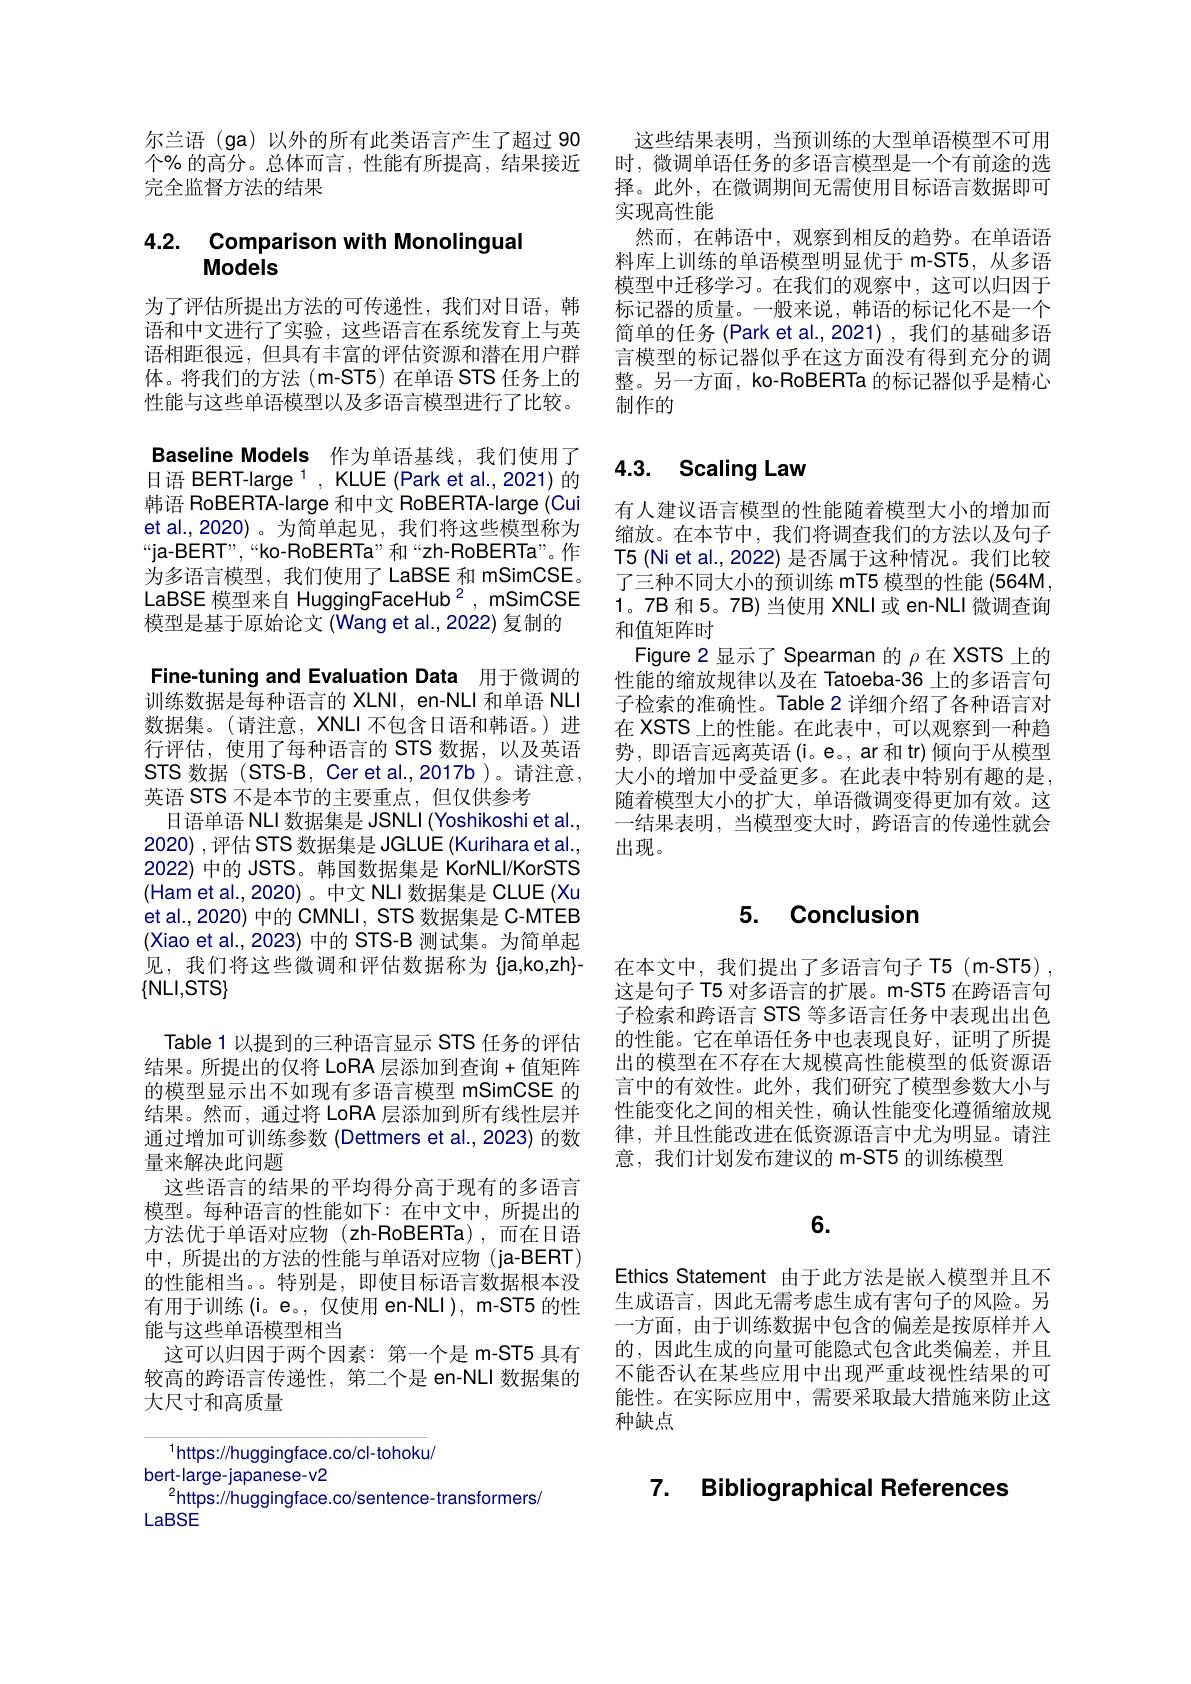
尔兰语(ga)以外的所有此类语言产生了超过 90个% 的高分。总体而言，性能有所提高，结果接近完全监督方法的结果

### 4.2. Comparison with Monolinqual Models

为了评估所提出方法的可传递性，我们对日语，韩语和中文进行了实验，这些语言在系统发育上与英语相距很远，但具有丰富的评估资源和潜在用户群体。将我们的方法(m-ST5)在单语 STS 任务上的性能与这些单语模型以及多语言模型进行了比较。Baseline Models 作为单语基线，我们使用了日语 BERT-large $^{1}$, KLUE (Park et al.,2021) 的韩语 RoBERTA-large 和中文 RoBERTA-large (Cui et al.,2020)。为简单起见，我们将这些模型称为“ja-BERT”,“ko-RoBERTa”和“zh-RoBERTa”。作为多语言模型，我们使用了LaBSE 和 mSimCSE。LaBSE 模型来自 HuggingFaceHub $^{2}$, mSimCSE 模型是基于原始论文 (Wang et al.,2022) 复制的
Fine-tuning and Evaluation Data 用于微调的训练数据是每种语言的 XLNI, en-NLI 和单语 NLI 数据集。(请注意，XNLI 不包含日语和韩语。)进行评估，使用了每种语言的 STS 数据，以及英语STS 数据(STS-B, Cer et al.,2017b)。请注意， 英语 STS 不是本节的主要重点，但仅供参考
日语单语 NLI 数据集是 JSNLI (Yoshikoshi et al., 2020) ,评估 STS 数据集是 JGLUE (Kurihara et al. 2022) 中的 JSTS。韩国数据集是 KorNLI/KorSTS (Ham et al., 2020)。中文 NLI 数据集是 CLUE (Xu et al., 2020) 中的 CMNLI, STS 数据集是 C-MTEB (Xiao et al., 2023) 中的 STS-B 测试集。为简单起见，我们将这些微调和评估数据称为{ja,ko,zh}- $\{\mathsf{NLI,STS}\}$
Table 1 以提到的三种语言显示 STS 任务的评估结果。所提出的仅将 LoRA 层添加到查询 +值矩阵的模型显示出不如现有多语言模型 mSimCSE 的结果。然而，通过将 LoRA 层添加到所有线性层并通过增加可训练参数 (Dettmers et al., 2023) 的数量来解决此问题
这些语言的结果的平均得分高于现有的多语言模型。每种语言的性能如下：在中文中，所提出的方法优于单语对应物(zh-RoBERTa),而在日语中，所提出的方法的性能与单语对应物(ja-BERT) 的性能相当。。特别是，即使目标语言数据根本没有用于训练(i。e。,仅使用 en-NLI), m-ST5 的性能与这些单语模型相当
这可以归因于两个因素：第一个是 m-ST5 具有较高的跨语言传递性，第二个是 en-NLI 数据集的大尺寸和高质量

$^{1}$https://huggingface.co/cl-tohoku/
bert-large-japanese-v2
$^{2}$https://huggingface.co/sentence-transformers/
LaBSE

这些结果表明，当预训练的大型单语模型不可用时，微调单语任务的多语言模型是一个有前途的选择。此外，在微调期间无需使用目标语言数据即可实现高性能
然而，在韩语中，观察到相反的趋势。在单语语料库上训练的单语模型明显优于 m-ST5,从多语模型中迁移学习。在我们的观察中，这可以归因于标记器的质量。一般来说，韩语的标记化不是一个简单的任务 (Park et al.,2021),我们的基础多语言模型的标记器似乎在这方面没有得到充分的调整。另一方面，ko-RoBERTa 的标记器似乎是精心制作的

## 4.3. Scalinq Law

有人建议语言模型的性能随着模型大小的增加而缩放。在本节中，我们将调查我们的方法以及句子T5 (Ni et al., 2022) 是否属于这种情况。我们比较了三种不同大小的预训练 mT5 模型的性能 (564M, 1。7B 和 5。7B) 当使用 XNLI 或 en-NLI 微调查询和值矩阵时
Figure2 显示了 Spearman 的$\rho$在 XSTS 上的性能的缩放规律以及在 Tatoeba-36 上的多语言句子检索的准确性。Table 2 详细介绍了各种语言对在 XSTS 上的性能。在此表中，可以观察到一种趋势，即语言远离英语(i。e。,ar 和 tr)倾向于从模型大小的增加中受益更多。在此表中特别有趣的是， 随着模型大小的扩大，单语微调变得更加有效。这一结果表明，当模型变大时，跨语言的传递性就会出现。

### 5. Conclusion

在本文中，我们提出了多语言句子 T5(m-ST5) 这是句子 T5 对多语言的扩展。m-ST5 在跨语言句子检索和跨语言 STS 等多语言任务中表现出出色的性能。它在单语任务中也表现良好，证明了所提出的模型在不存在大规模高性能模型的低资源语言中的有效性。此外，我们研究了模型参数大小与性能变化之间的相关性，确认性能变化遵循缩放规律，并且性能改进在低资源语言中尤为明显。请注意，我们计划发布建议的 m-ST5 的训练模型

## 6.

Ethics Statement 由于此方法是嵌入模型并且不生成语言，因此无需考虑生成有害句子的风险。另一方面，由于训练数据中包含的偏差是按原样并入的，因此生成的向量可能隐式包含此类偏差，并且不能否认在某些应用中出现严重歧视性结果的可能性。在实际应用中，需要采取最大措施来防止这种缺点

### 7. Biblioqraphical References